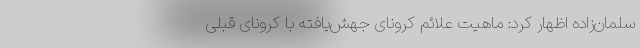
سلمان‌زاده اظهار کرد: ماهیت علائم کرونای جهش‌یافته با کرونای قبلی